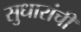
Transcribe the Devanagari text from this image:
सुधारांची